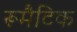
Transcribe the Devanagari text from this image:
रूमैटिक